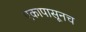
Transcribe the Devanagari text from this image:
एकापासूनच